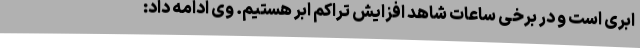
ابری است و در برخی ساعات شاهد افزایش تراکم ابر هستیم. وی ادامه داد: